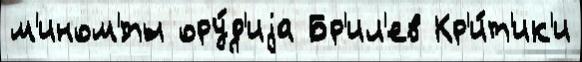
м'ином'́ты ору́д'иjа Бр'ил'ев Кр'и́т'ик'и